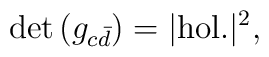
\det{(g_{c{\bar d}})}= |{\rm hol.}|^2,